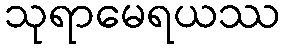
သုရာမေရယဿ